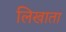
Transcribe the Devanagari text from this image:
लिखाता